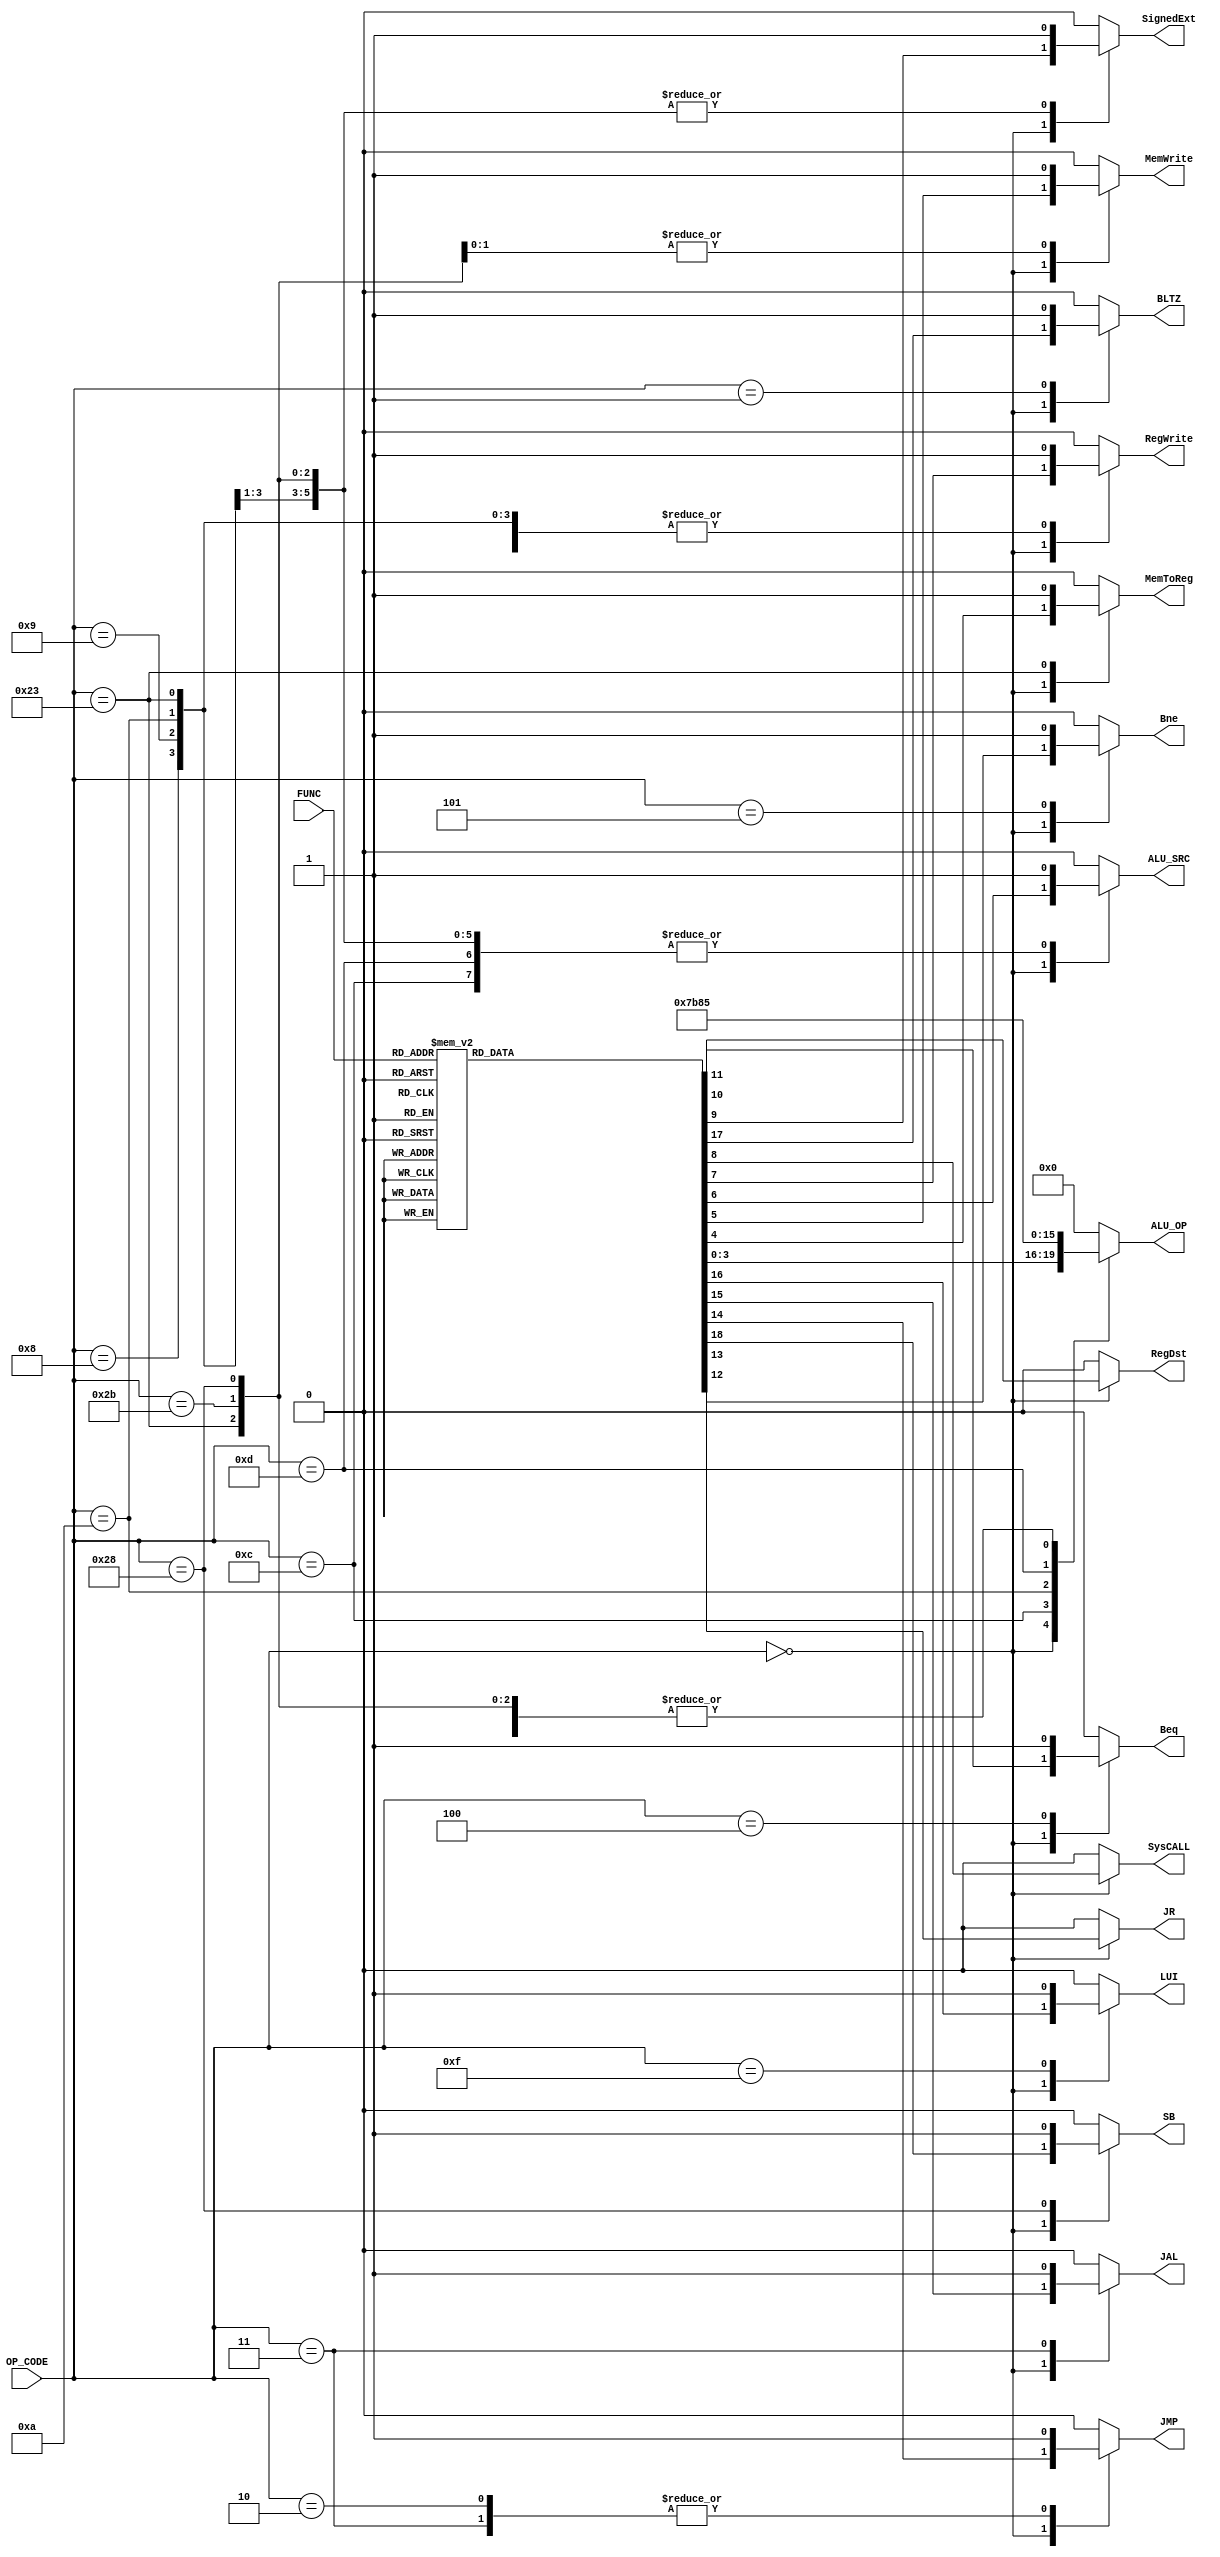
//
//?24?
//2019.02.20

//?24?+4
module controller(OP_CODE, FUNC, ALU_OP, MemToReg, MemWrite, ALU_SRC, RegWrite, SysCALL, SignedExt, RegDst, Beq, Bne, JR, JMP, JAL, LUI, BLTZ, SB);
input   [5:0] OP_CODE, FUNC;
output  reg [3:0] ALU_OP;
output  reg MemToReg, MemWrite, ALU_SRC, RegWrite, SysCALL, SignedExt, RegDst, Beq, Bne, JR, JMP, JAL;
output  reg LUI, BLTZ, SB;//?
always@(*) begin
    case(OP_CODE)
        6'b000000:        //R?  
        begin
            case(FUNC)
                6'b000000:// no.1   SLL     0
                begin
                    ALU_OP <= 0;
                    MemToReg <= 0;
                    MemWrite <= 0;
                    ALU_SRC <= 0;
                    RegWrite <= 1;
                    SysCALL <= 0;
                    SignedExt <= 0;
                    RegDst <= 1;
                    Beq <= 0;
                    Bne <= 0;
                    JR <= 0;
                    JMP <= 0;
                    JAL <= 0;
                    LUI <= 0;
                    BLTZ <= 0;
                    SB <= 0;
                end
                6'b000011:// no.2   SRA     3
                begin
                    ALU_OP <= 1;
                    MemToReg <= 0;
                    MemWrite <= 0;
                    ALU_SRC <= 0;
                    RegWrite <= 1;
                    SysCALL <= 0;
                    SignedExt <= 0;
                    RegDst <= 1;
                    Beq <= 0;
                    Bne <= 0;
                    JR <= 0;
                    JMP <= 0;
                    JAL <= 0;
                    LUI <= 0;
                    BLTZ <= 0;
                    SB <= 0;
                end
                6'b000010:// no.3   SRL     2
                begin
                    ALU_OP <= 2;
                    MemToReg <= 0;
                    MemWrite <= 0;
                    ALU_SRC <= 0;
                    RegWrite <= 1;
                    SysCALL <= 0;
                    SignedExt <= 0;
                    RegDst <= 1;
                    Beq <= 0;
                    Bne <= 0;
                    JR <= 0;
                    JMP <= 0;
                    JAL <= 0;
                    LUI <= 0;
                    BLTZ <= 0;
                    SB <= 0;
                end
                6'b100000:// no.4   ADD     32
                begin
                    ALU_OP <= 5;
                    MemToReg <= 0;
                    MemWrite <= 0;
                    ALU_SRC <= 0;
                    RegWrite <= 1;
                    SysCALL <= 0;
                    SignedExt <= 0;
                    RegDst <= 1;
                    Beq <= 0;
                    Bne <= 0;
                    JR <= 0;
                    JMP <= 0;
                    JAL <= 0;
                    LUI <= 0;
                    BLTZ <= 0;
                    SB <= 0;
                end
                6'b100001:// no.5   ADDU    33
                begin
                    ALU_OP <= 5;
                    MemToReg <= 0;
                    MemWrite <= 0;
                    ALU_SRC <= 0;
                    RegWrite <= 1;
                    SysCALL <= 0;
                    SignedExt <= 0;
                    RegDst <= 1;
                    Beq <= 0;
                    Bne <= 0;
                    JR <= 0;
                    JMP <= 0;
                    JAL <= 0;
                    LUI <= 0;
                    BLTZ <= 0;
                    SB <= 0;
                end
                6'b100010:// no.6   SUB     34
                begin
                    ALU_OP <= 6;
                    MemToReg <= 0;
                    MemWrite <= 0;
                    ALU_SRC <= 0;
                    RegWrite <= 1;
                    SysCALL <= 0;
                    SignedExt <= 0;
                    RegDst <= 1;
                    Beq <= 0;
                    Bne <= 0;
                    JR <= 0;
                    JMP <= 0;
                    JAL <= 0;
                    LUI <= 0;
                    BLTZ <= 0;
                    SB <= 0;
                end
                6'b100011:// no.25   SUBU    35
                begin
                    ALU_OP <= 6;
                    MemToReg <= 0;
                    MemWrite <= 0;
                    ALU_SRC <= 0;
                    RegWrite <= 1;
                    SysCALL <= 0;
                    SignedExt <= 0;
                    RegDst <= 1;
                    Beq <= 0;
                    Bne <= 0;
                    JR <= 0;
                    JMP <= 0;
                    JAL <= 0;
                    LUI <= 0;
                    BLTZ <= 0;
                    SB <= 0;
                end
                6'b100100:// no.7   AND     36
                begin
                    ALU_OP <= 7;
                    MemToReg <= 0;
                    MemWrite <= 0;
                    ALU_SRC <= 0;
                    RegWrite <= 1;
                    SysCALL <= 0;
                    SignedExt <= 0;
                    RegDst <= 1;
                    Beq <= 0;
                    Bne <= 0;
                    JR <= 0;
                    JMP <= 0;
                    JAL <= 0;
                    LUI <= 0;
                    BLTZ <= 0;
                    SB <= 0;
                end
                6'b100101:// no.8   OR      37
                begin
                    ALU_OP <= 8;
                    MemToReg <= 0;
                    MemWrite <= 0;
                    ALU_SRC <= 0;
                    RegWrite <= 1;
                    SysCALL <= 0;
                    SignedExt <= 0;
                    RegDst <= 1;
                    Beq <= 0;
                    Bne <= 0;
                    JR <= 0;
                    JMP <= 0;
                    JAL <= 0;
                    LUI <= 0;
                    BLTZ <= 0;
                    SB <= 0;
                end
                6'b100111:// no.9   NOR     39
                begin
                    ALU_OP <= 10;
                    MemToReg <= 0;
                    MemWrite <= 0;
                    ALU_SRC <= 0;
                    RegWrite <= 1;
                    SysCALL <= 0;
                    SignedExt <= 0;
                    RegDst <= 1;
                    Beq <= 0;
                    Bne <= 0;
                    JR <= 0;
                    JMP <= 0;
                    JAL <= 0;
                    LUI <= 0;
                    BLTZ <= 0;
                    SB <= 0;
                end
                6'b101010:// no.10  SLT     42
                begin
                    ALU_OP <= 11;
                    MemToReg <= 0;
                    MemWrite <= 0;
                    ALU_SRC <= 0;
                    RegWrite <= 1;
                    SysCALL <= 0;
                    SignedExt <= 0;
                    RegDst <= 1;
                    Beq <= 0;
                    Bne <= 0;
                    JR <= 0;
                    JMP <= 0;
                    JAL <= 0;
                    LUI <= 0;
                    BLTZ <= 0;
                    SB <= 0;
                end
                6'b101011:// no.11  SLTU    43
                begin
                    ALU_OP <= 12;
                    MemToReg <= 0;
                    MemWrite <= 0;
                    ALU_SRC <= 0;
                    RegWrite <= 1;
                    SysCALL <= 0;
                    SignedExt <= 0;
                    RegDst <= 1;
                    Beq <= 0;
                    Bne <= 0;
                    JR <= 0;
                    JMP <= 0;
                    JAL <= 0;
                    LUI <= 0;
                    BLTZ <= 0;
                    SB <= 0;
                end
                6'b001000:// no.12  JR      8
                begin
                    ALU_OP <= 0;
                    MemToReg <= 0;
                    MemWrite <= 0;
                    ALU_SRC <= 0;
                    RegWrite <= 0;
                    SysCALL <= 0;
                    SignedExt <= 0;
                    RegDst <= 0;
                    Beq <= 0;
                    Bne <= 0;
                    JR <= 1;
                    JMP <= 1;
                    JAL <= 0;
                    LUI <= 0;
                    BLTZ <= 0;
                    SB <= 0;
                end
                6'b001100:// no.13  SYSCALL 12
                begin
                    ALU_OP <= 0;
                    MemToReg <= 0;
                    MemWrite <= 0;
                    ALU_SRC <= 0;
                    RegWrite <= 0;
                    SysCALL <= 1;
                    SignedExt <= 0;
                    RegDst <= 0;
                    Beq <= 0;
                    Bne <= 0;
                    JR <= 0;
                    JMP <= 0;
                    JAL <= 0;
                    LUI <= 0;
                    BLTZ <= 0;
                    SB <= 0;
                end
                default: begin
                    ALU_OP <= 0;
                    MemToReg <= 0;
                    MemWrite <= 0;
                    ALU_SRC <= 0;
                    RegWrite <= 0;
                    SysCALL <= 0;
                    SignedExt <= 0;
                    RegDst <= 0;
                    Beq <= 0;
                    Bne <= 0;
                    JR <= 0;
                    JMP <= 0;
                    JAL <= 0;
                    LUI <= 0;
                    BLTZ <= 0;
                    SB <= 0;
                 end
            endcase
        end
        6'b000010:  // no.14    J       2
        begin
            ALU_OP <= 0;
            MemToReg <= 0;
            MemWrite <= 0;
            ALU_SRC <= 0;
            RegWrite <= 0;
            SysCALL <= 0;
            SignedExt <= 0;
            RegDst <= 0;
            Beq <= 0;
            Bne <= 0;
            JR <= 0;
            JMP <= 1;
            JAL <= 0;
            LUI <= 0;
            BLTZ <= 0;
            SB <= 0;
        end
		6'b000011:  // no.15    JAL     3
        begin
            ALU_OP <= 0;
            MemToReg <= 0;
            MemWrite <= 0;
            ALU_SRC <= 0;
            RegWrite <= 1;
            SysCALL <= 0;
            SignedExt <= 0;
            RegDst <= 0;
            Beq <= 0;
            Bne <= 0;
            JR <= 0;
            JMP <= 1;
            JAL <= 1;
            LUI <= 0;
            BLTZ <= 0;
            SB <= 0;
        end
		6'b000100:  // no.16    BEQ     4
        begin
            ALU_OP <= 0;
            MemToReg <= 0;
            MemWrite <= 0;
            ALU_SRC <= 0;
            RegWrite <= 0;
            SysCALL <= 0;
            SignedExt <= 0;
            RegDst <= 0;
            Beq <= 1;
            Bne <= 0;
            JR <= 0;
            JMP <= 0;
            JAL <= 0;
            LUI <= 0;
            BLTZ <= 0;
            SB <= 0;
        end
		6'b000101:  // no.17    BNE     5
        begin
            ALU_OP <= 0;
            MemToReg <= 0;
            MemWrite <= 0;
            ALU_SRC <= 0;
            RegWrite <= 0;
            SysCALL <= 0;
            SignedExt <= 0;
            RegDst <= 0;
            Beq <= 0;
            Bne <= 1;
            JR <= 0;
            JMP <= 0;
            JAL <= 0;
            LUI <= 0;
            BLTZ <= 0;
            SB <= 0;
        end
		6'b001000:  // no.18    ADDI    8
        begin
            ALU_OP <= 5;
            MemToReg <= 0;
            MemWrite <= 0;
            ALU_SRC <= 1;
            RegWrite <= 1;
            SysCALL <= 0;
            SignedExt <= 1;
            RegDst <= 0;
            Beq <= 0;
            Bne <= 0;
            JR <= 0;
            JMP <= 0;
            JAL <= 0;
            LUI <= 0;
            BLTZ <= 0;
            SB <= 0;
        end
		6'b001100:  // no.19    ANDI    12
        begin
            ALU_OP <= 7;
            MemToReg <= 0;
            MemWrite <= 0;
            ALU_SRC <= 1;
            RegWrite <= 1;
            SysCALL <= 0;
            SignedExt <= 0;
            RegDst <= 0;
            Beq <= 0;
            Bne <= 0;
            JR <= 0;
            JMP <= 0;
            JAL <= 0;
            LUI <= 0;
            BLTZ <= 0;
            SB <= 0;
        end
		6'b001001:  // no.20    ADDIU   9
        begin
            ALU_OP <= 5;
            MemToReg <= 0;
            MemWrite <= 0;
            ALU_SRC <= 1;
            RegWrite <= 1;
            SysCALL <= 0;
            SignedExt <= 1;
            RegDst <= 0;
            Beq <= 0;
            Bne <= 0;
            JR <= 0;
            JMP <= 0;
            JAL <= 0;
            LUI <= 0;
            BLTZ <= 0;
            SB <= 0;
        end
		6'b001010:  // no.21    SLTI    10
        begin
            ALU_OP <= 11;
            MemToReg <= 0;
            MemWrite <= 0;
            ALU_SRC <= 1;
            RegWrite <= 1;
            SysCALL <= 0;
            SignedExt <= 1;
            RegDst <= 0;
            Beq <= 0;
            Bne <= 0;
            JR <= 0;
            JMP <= 0;
            JAL <= 0;
            LUI <= 0;
            BLTZ <= 0;
            SB <= 0;
        end
		6'b001101:  // no.22    ORI     13
        begin
            ALU_OP <= 8;
            MemToReg <= 0;
            MemWrite <= 0;
            ALU_SRC <= 1;
            RegWrite <= 1;
            SysCALL <= 0;
            SignedExt <= 0;
            RegDst <= 0;
            Beq <= 0;
            Bne <= 0;
            JR <= 0;
            JMP <= 0;
            JAL <= 0;
            LUI <= 0;
            BLTZ <= 0;
            SB <= 0;
        end      
        6'b100011:  // no.23    LW      35
        begin
            ALU_OP <= 5;
            MemToReg <= 1;
            MemWrite <= 0;
            ALU_SRC <= 1;
            RegWrite <= 1;
            SysCALL <= 0;
            SignedExt <= 1;
            RegDst <= 0;
            Beq <= 0;
            Bne <= 0;
            JR <= 0;
            JMP <= 0;
            JAL <= 0;
            LUI <= 0;
            BLTZ <= 0;
            SB <= 0;
        end
		6'b101011:  // no.24    SW      43
        begin
            ALU_OP <= 5;
            MemToReg <= 0;
            MemWrite <= 1;
            ALU_SRC <= 1;
            RegWrite <= 0;
            SysCALL <= 0;
            SignedExt <= 1;
            RegDst <= 0;
            Beq <= 0;
            Bne <= 0;
            JR <= 0;
            JMP <= 0;
            JAL <= 0;
            LUI <= 0;
            BLTZ <= 0;
            SB <= 0;
        end
        6'b001111:  // no.26    LUI   15
        begin
            ALU_OP <= 0;
            MemToReg <= 0;
            MemWrite <= 0;
            ALU_SRC <= 0;
            RegWrite <= 1;
            SysCALL <= 0;
            SignedExt <= 0;
            RegDst <= 0;
            Beq <= 0;
            Bne <= 0;
            JR <= 0;
            JMP <= 0;
            JAL <= 0;
            LUI <= 1;
            BLTZ <= 0;
            SB <= 0;
        end
        6'b000001: // no.27     BLTZ  1
        begin
            ALU_OP <= 0;
            MemToReg <= 0;
            MemWrite <= 0;
            ALU_SRC <= 0;
            RegWrite <= 0;
            SysCALL <= 0;
            SignedExt <= 0;
            RegDst <= 0;
            Beq <= 0;
            Bne <= 0;
            JR <= 0;
            JMP <= 0;
            JAL <= 0;
            LUI <= 0;
            BLTZ <= 1;
            SB <= 0;
        end
        6'b101000: // no.27     SB  40
        begin
            ALU_OP <= 5;
            MemToReg <= 0;
            MemWrite <= 1;
            ALU_SRC <= 1;
            RegWrite <= 0;
            SysCALL <= 0;
            SignedExt <= 1;
            RegDst <= 0;
            Beq <= 0;
            Bne <= 0;
            JR <= 0;
            JMP <= 0;
            JAL <= 0;
            LUI <= 0;
            BLTZ <= 0;
            SB <= 1;
        end
        default: begin
            ALU_OP <= 0;
            MemToReg <= 0;
            MemWrite <= 0;
            ALU_SRC <= 0;
            RegWrite <= 0;
            SysCALL <= 0;
            SignedExt <= 0;
            RegDst <= 0;
            Beq <= 0;
            Bne <= 0;
            JR <= 0;
            JMP <= 0;
            JAL <= 0;
            LUI <= 0;
            BLTZ <= 0;
            SB <= 0;
          end
    endcase
end
endmodule